Lunatic asylums in Bengal annual reports 1912-1924 - 1912-1924
Year: 1912
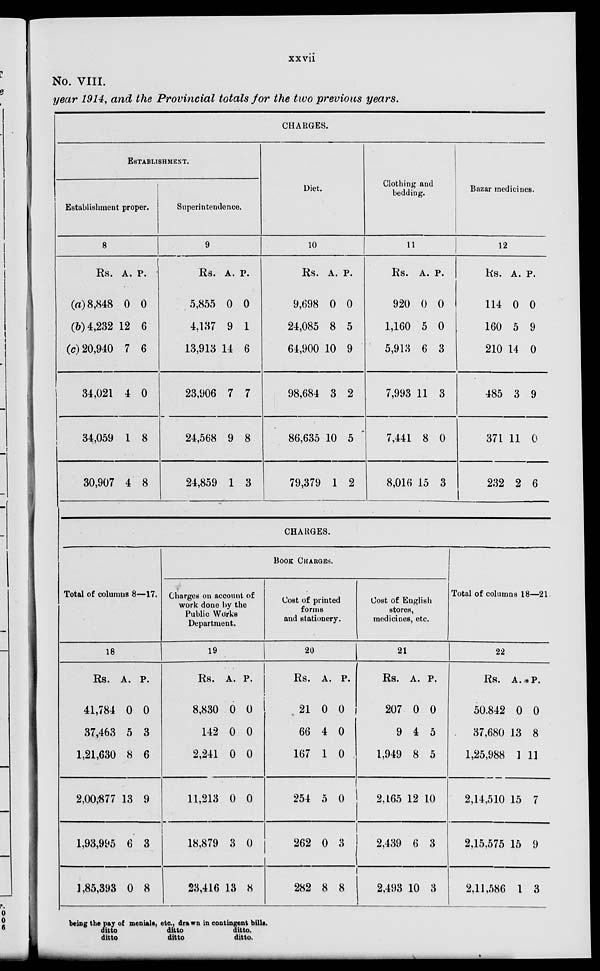
xxvii
No. VIII.
year 1914, and the Provincial totals for the two previous years.
CHARGES.
ESTABLISHMENT.
Establishment proper.
8
Rs.
(a) 8,848
(b) 4,232
(c) 20,940
34,021
34,059
30,907
A.
0
12
7
4
1
4
P.
0
6
6
0
8
8
Superintendence.
9
Rs.
5,855
4,137
13,913
23,906
24,568
24,859
A.
0
9
14
7
9
1
P.
0
1
6
7
8
3
Diet.
10
Rs.
9,698
24,085
64,900
98,684
86,635
79,379
A.
0
8
10
3
10
1
P.
0
5
9
2
5
2
Clothing and
bedding.
11
Rs.
920
1,160
5,913
7,993
7,441
8,016
A.
0
5
6
11
8
15
P.
0
0
3
3
0
3
Bazar medicines.
12
Rs.
114
160
210
485
371
232
A.
0
5
14
3
11
2
P.
0
9
0
9
0
6
CHARGES.
Total of columns 8—17.
18
Rs.
41,784
37,463
1,21,630
2,00,877
1,93,995
1,85,393
A.
0
5
8
13
6
0
P.
0
3
6
9
3
8
BOOK CHARGES.
Charges on account of
work done by the
Public Works
Department.
19
Rs.
8,830
142
2,241
11,213
18,879
23,416
A.
0
0
0
0
3
13
P.
0
0
0
0
0
8
Cost of printed
forms
and stationery.
20
Rs.
21
66
167
254
262
282
A.
0
4
1
5
0
8
P.
0
0
0
0
3
8
Cost of English
stores,
medicines, etc.
21
Rs.
207
9
1,949
2,165
2,439
2,493
A.
0
4
8
12
6
10
P.
0
5
5
10
3
3
Total of columns 18—21
22
Rs.
50,842
37,680
1,25,988
2,14,510
2,15,575
2,11,586
A.
0
13
1
15
15
1
P.
0
8
11
7
9
3
being the pay of
ditto
ditto
menials, etc, drawn
ditto
ditto
in contingent bills.
ditto.
ditto.